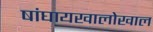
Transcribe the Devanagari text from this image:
षांघायखालोखाल